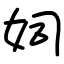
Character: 㚸